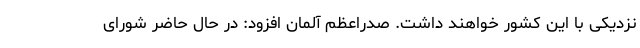
نزدیکی با این کشور خواهند داشت. صدراعظم آلمان افزود: در حال حاضر شورای